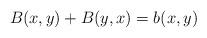
LaTeX: \begin{align*} B(x,y)+B(y,x)=b(x,y) \end{align*}